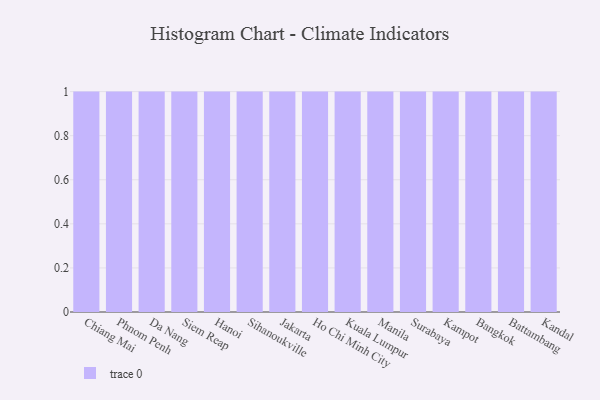
{"axis": {"x": "City", "y": "Demand Index"}, "legend": [""], "data": [{"x": "Chiang Mai", "y": 1, "type": ""}, {"x": "Phnom Penh", "y": 20, "type": ""}, {"x": "Da Nang", "y": 34, "type": ""}, {"x": "Siem Reap", "y": 100, "type": ""}, {"x": "Hanoi", "y": 55, "type": ""}, {"x": "Sihanoukville", "y": 4, "type": ""}, {"x": "Jakarta", "y": 87, "type": ""}, {"x": "Ho Chi Minh City", "y": 37, "type": ""}, {"x": "Kuala Lumpur", "y": 57, "type": ""}, {"x": "Manila", "y": 14, "type": ""}, {"x": "Surabaya", "y": 95, "type": ""}, {"x": "Kampot", "y": 86, "type": ""}, {"x": "Bangkok", "y": 78, "type": ""}, {"x": "Battambang", "y": 13, "type": ""}, {"x": "Kandal", "y": 2, "type": ""}]}